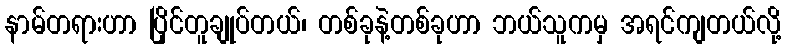
နာမ်တရားဟာ ပြိုင်တူချုပ်တယ်၊ တစ်ခုနဲ့တစ်ခုဟာ ဘယ်သူကမှ အရင်ကျတယ်လို့